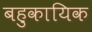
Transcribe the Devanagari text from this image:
बहुकायिक